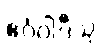
ဧဝံဝါဒီသု